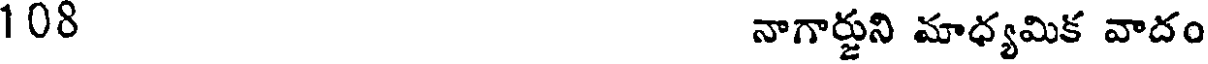
108 నాగార్జుని మాధ్యమిక వాదం